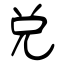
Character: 兌